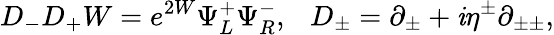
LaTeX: D_{-}D_{+}W=e^{2W}\Psi_{L}^{+}\Psi_{R}^{-},~~~D_{\pm}=\partial_{\pm}+\mathit{i}\eta^{\pm}\partial_{\pm\pm},